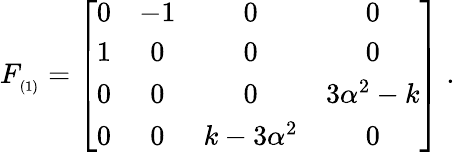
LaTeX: F_{_{(1)}}=\left[\begin{array}{cccc}{{0}}&{{-1}}&{{0}}&{{0}}\\ {{1}}&{{0}}&{{0}}&{{0}}\\ {{0}}&{{0}}&{{0}}&{{3\alpha^{2}-k}}\\ {{0}}&{{0}}&{{k-3\alpha^{2}}}&{{0}}\end{array}\right]\; .